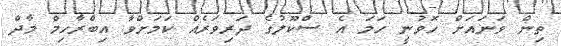
ތިން ވަނައަށް ހޮވުނީ ހަމަ އެ ސްކޫލުގެ ދަރިވަރެއް ކަމަށްވާ އިބްރާހިމް މާދް